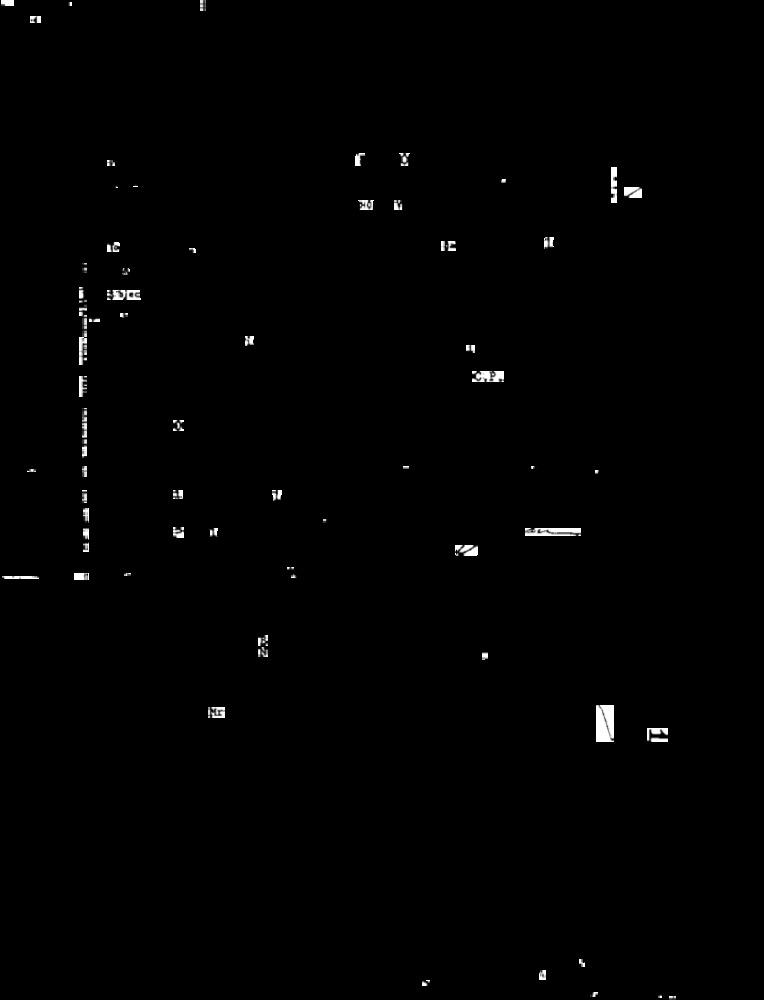
r
-
1
un
C.P.
.
Hr